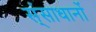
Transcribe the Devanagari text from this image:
स्ंसाधानों